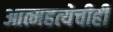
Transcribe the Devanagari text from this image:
आत्महत्येचीही